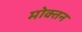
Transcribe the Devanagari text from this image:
मोक्तन